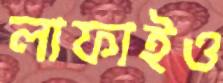
লাফাইও